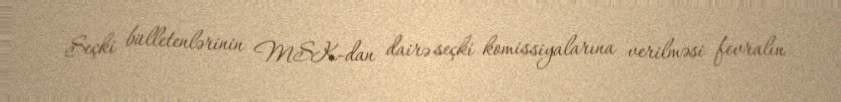
Seçki bülletenlərinin MSK-dan dairə seçki komissiyalarına verilməsi fevralın